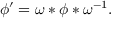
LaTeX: \phi ^ { \prime } = \omega * \phi * \omega ^ { - 1 } .